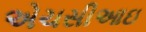
એચસીઆઇ